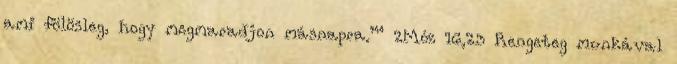
ami fölösleg, hogy megmaradjon másnapra.’” 2Móz 16,23 Rengeteg munkával